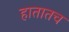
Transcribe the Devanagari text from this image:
हातातच